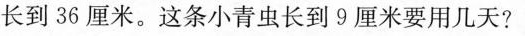
长到36厘米。这条小青虫长到9厘米要用几天?